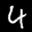
Label: 4